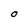
Character: O